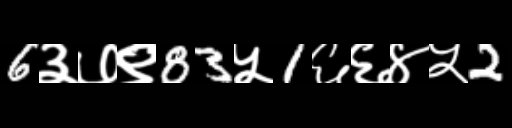
Text: 6३७९83५1६६४५2